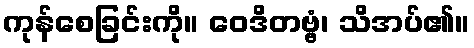
ကုန်စေခြင်းကို။ ဝေဒိတဗ္ဗံ၊ သိအပ်၏။